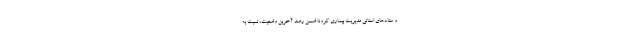
و ستادهای استانی مدیریت بیماری کرونا ضمن رصد آخرین وضعیت، نسبت به